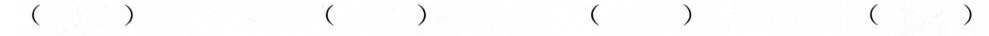
( ) ( ) ( ) ( )